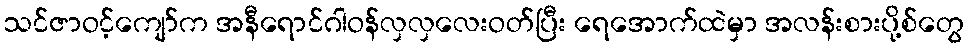
သင်ဇာဝင့်ကျော်က အနီရောင်ဂါဝန်လှလှလေးဝတ်ပြီး ရေအောက်ထဲမှာ အလန်းစားပို့စ်တွေ